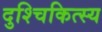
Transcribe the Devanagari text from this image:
दुश्चिकित्स्य